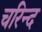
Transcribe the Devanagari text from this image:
चरिन्द